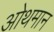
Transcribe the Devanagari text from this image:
ओथमान